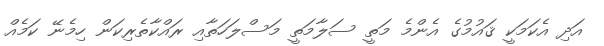
އަދި އެކަމަކީ ޤައުމުގެ އެންމެ މަތީ ސަލާމަތީ މަސްލަހަތާއި ރައްކާތެރިކަން ހިމެނޭ ކަމެއް